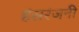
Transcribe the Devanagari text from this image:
हंसरंजनी